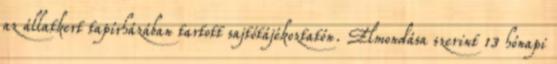
az állatkert tapírházában tartott sajtótájékoztatón. Elmondása szerint 13 hónapi